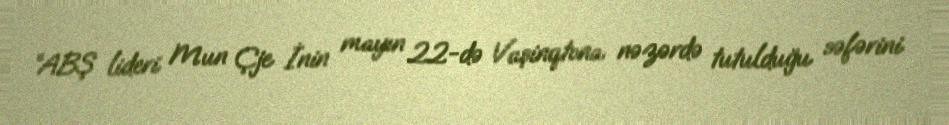
“ABŞ lideri Mun Çje İnin mayın 22-də Vaşinqtona nəzərdə tutulduğu səfərini